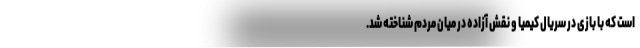
است که با بازی در سریال کیمیا و نقش آزاده در میان مردم شناخته شد.